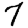
Digit: 7